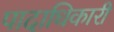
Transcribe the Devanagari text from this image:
पादाधिकारी